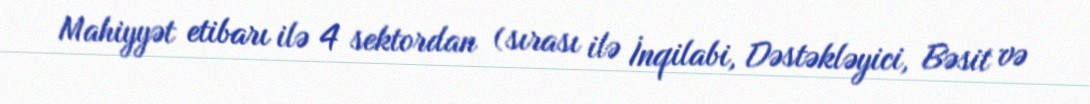
Mahiyyət etibarı ilə 4 sektordan (sırası ilə İnqilabi, Dəstəkləyici, Bəsit və